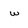
Character: w